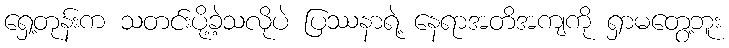
ရှေ့တုန်းက သတင်းပို့ခဲ့သလိုပဲ ပြဿနာရဲ့ နေရာအတိအကျကို ရှာမတွေ့ဘူး